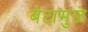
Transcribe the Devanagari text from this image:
बेटामुळे